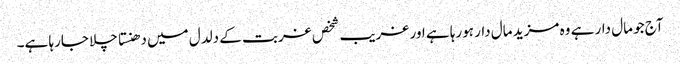
آج جو مال دار ہے وہ مزید مال دار ہورہا ہے اور غریب شخص غربت کے دلدل میں دھنستا چلا جارہا ہے۔